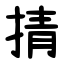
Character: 掅